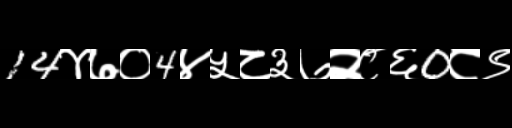
Text: 14४७०4४५८३७२८६0८९